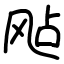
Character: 飐